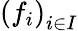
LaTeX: \left(f_{i}\right)_{i\in I}